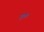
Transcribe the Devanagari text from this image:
य़ुक्त